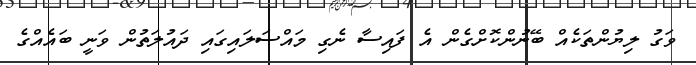
ވަގު ލިޔުންތަކެއް ބޭނުންކޮށްގެން އެ ފައިސާ ނެގި މައްސަލައިގައި ދައުލަތުން ވަނީ ބައެއްގެ